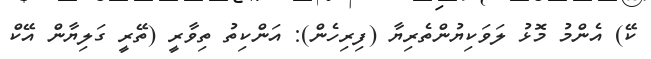
ކޭ) އެންމު މޮޅު ލަވަކިޔުންތެރިޔާ (ފިރިހެން): އަންކިތު ތިވާރީ (ތޭރީ ގަލިޔާން އޭކް